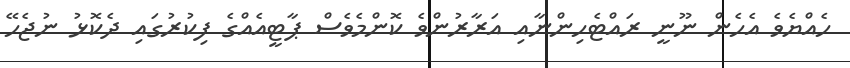
ހެއްޔެވެ އެހެން ނޫނީ ރައްޓެހިންނާއި އަރާރުންވެ ކޮންމެވެސް ޕާޓީއެއްގެ ފިކުރުގައި ދެކޮޅު ނުޖެހޭ